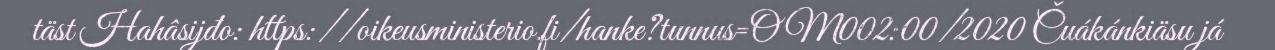
täst Hahâsijđo: https://oikeusministerio.fi/hanke?tunnus=OM002:00/2020 Čuákánkiäsu já